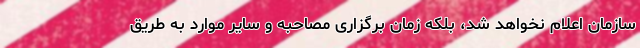
سازمان اعلام نخواهد شد، بلکه زمان برگزاری مصاحبه و سایر موارد به طریق